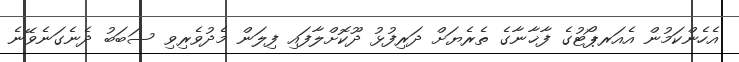
އެހެންކަމުން އެއަރޕޯޓުގެ ފާޚާނާގެ ތެރެޔަށް ދަރިފުޅު ދޫކޮށްލާފައި ފިލަން މެދުވެރިވި ސަބަބު ދެނެގަނެވޭނެ